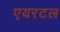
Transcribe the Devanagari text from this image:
एयरटल